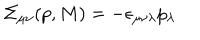
\Sigma _ { \mu \nu } ( p , M ) = - \epsilon _ { \mu \nu \lambda } p _ { \lambda }